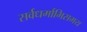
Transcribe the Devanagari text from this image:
सर्वधर्माभिसमय